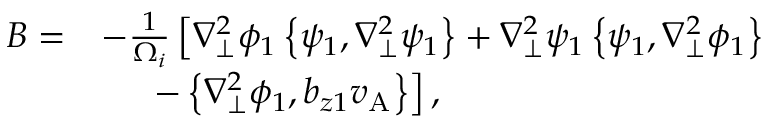
\begin{array} { r l } { B = } & { - \frac { 1 } { \Omega _ { i } } \left[ \nabla _ { \perp } ^ { 2 } \phi _ { 1 } \left\{ \psi _ { 1 } , \nabla _ { \perp } ^ { 2 } \psi _ { 1 } \right\} + \nabla _ { \perp } ^ { 2 } \psi _ { 1 } \left\{ \psi _ { 1 } , \nabla _ { \perp } ^ { 2 } \phi _ { 1 } \right\} \right. } \\ & { \phantom { \frac { 1 } { \Omega _ { i } } } \left. - \left\{ \nabla _ { \perp } ^ { 2 } \phi _ { 1 } , b _ { z 1 } v _ { \mathrm { A } } \right\} \right] , } \end{array}